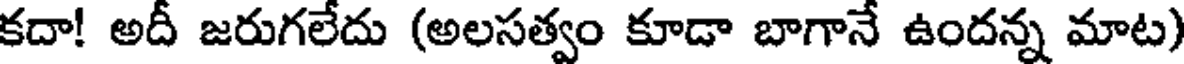
కదా! అదీ జరుగలేదు (అలసత్వం కూడా బాగానే ఉందన్న మాట)